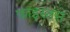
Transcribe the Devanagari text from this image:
फ़ाइस्तस